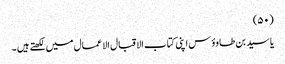
(۵۰)
یا سید بن طاوؤس اپنی کتاب الاقبال الاعمال میں لکھتے ہیں ۔